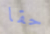
حقا